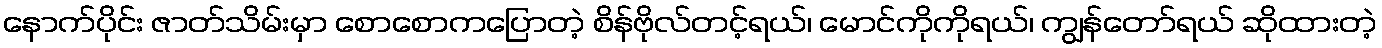
နောက်ပိုင်း ဇာတ်သိမ်းမှာ စောစောကပြောတဲ့ စိန်ဗိုလ်တင့်ရယ်၊ မောင်ကိုကိုရယ်၊ ကျွန်တော်ရယ် ဆိုထားတဲ့